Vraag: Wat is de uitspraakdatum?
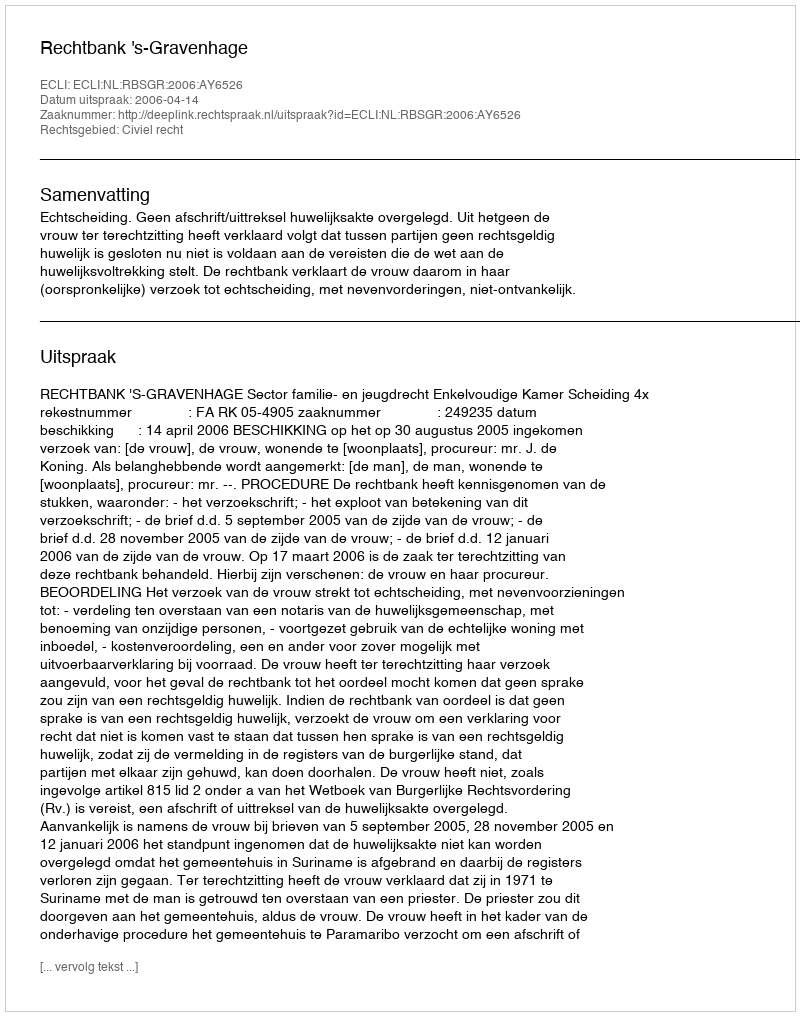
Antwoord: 2006-04-14